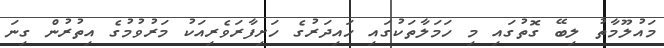
މައުލޫމާތު ލިބޭ ގޮތުގައި މި ހަމަލާތަކުގައި ހައިދަރުގެ ހަށިފާރަވެރިއަކު މަރުވުމުގެ އިތުރުން ގިނަ